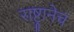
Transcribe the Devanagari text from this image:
राष्ट्रानेच